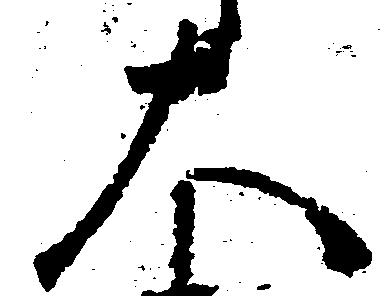
大